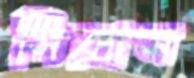
সিক্সাস